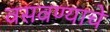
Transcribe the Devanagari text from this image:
वसवण्याचे